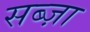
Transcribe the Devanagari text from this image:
सब्ज़ा